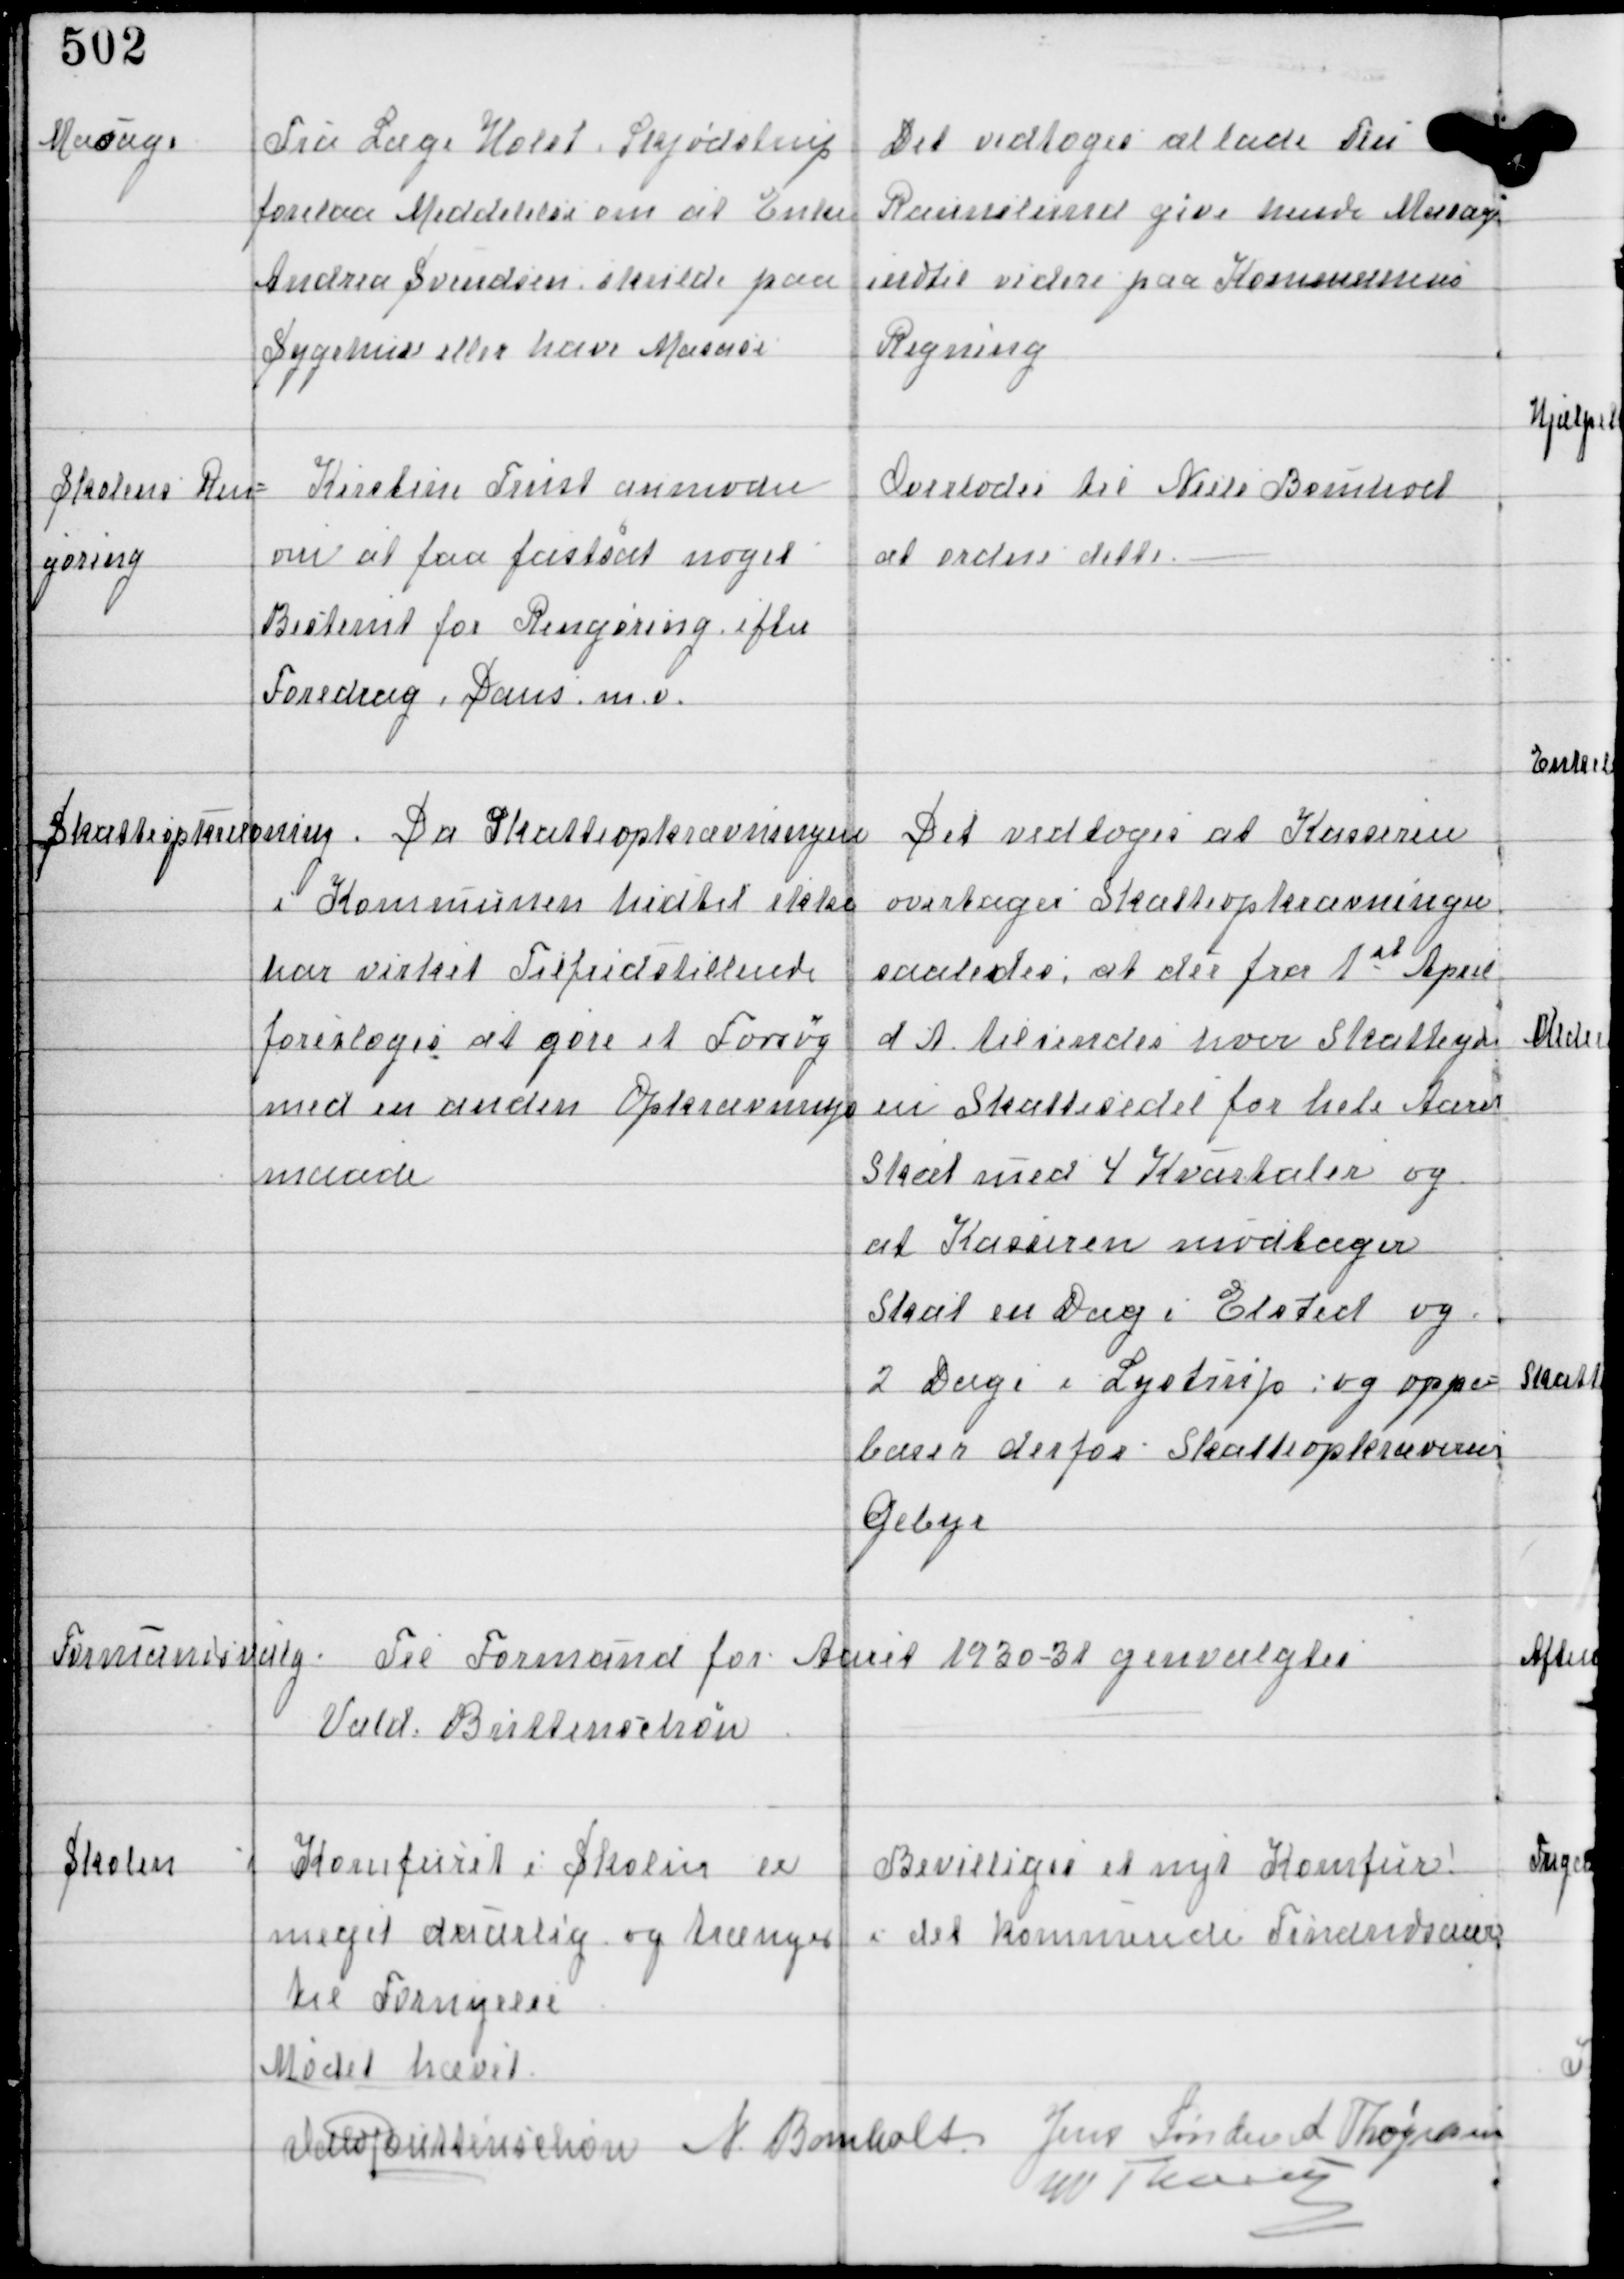
Transskription:
Masage

Fra Læge Holst, Skødstrup
forelaa Meddelelse om at Enke
Andrea Svendsen skulde paa
Sygehus eller have Masaes

Det vedtoges at lade Fru
Raunslund give hende Masage
indtil videre paa Kommunens
Regning

Skolens Ren-
gøring

Kirstine Trust anmoder
om at faa fastsat noget
Bestemt for Rengøring efter
Foredrag, Dans m.v.

Overlodes til Niels Bomholt
at ordne dette. -

Skatteopkrævning.
Da Skatteopkrævningen
i Kommunen hidtil ikke
har virket Tilfredsstillende
foresloges at gøre et Forsøg
med en anden Opkrævnings-
maade

Det vedtoges at Kasseren
overtager Skatteopkrævninger
saaledes, at der fra 1st April
d.A. tilsendes hver Skatteyde
en Skattesedel for hele Aaret
Skat med 4 Kvartaler og
at Kasseren modtager
Skat en Dag i Elsted og
2 Dage i Lystrup og oppe-
bærer derfor Skatteopkræverens
Gebyr

Formandsvalg.

Til Formand for Aaret 1930-31 genvalgtes
Vald Buttenschøn

Skolen

⁒ Komfuret i Skolen er
meget daarlig og trænger
til Fornyelse

Bevilliges et nyt Komfur
i det kommende Finandsaar

Mødet hævet
Vald Buttenschøn N Bomholt
Jens Sønder A Thøgersen
W Thorup